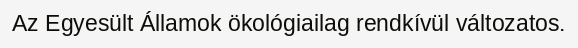
Az Egyesült Államok ökológiailag rendkívül változatos.